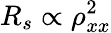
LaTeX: R_{s}\propto\rho_{xx}^{2}